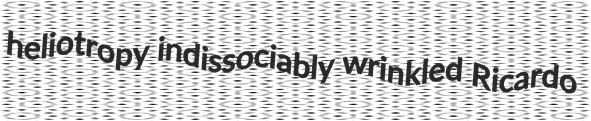
heliotropy indissociably wrinkled Ricardo